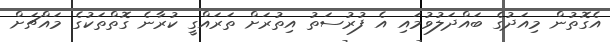
އެގޮތުން މިއަދުގެ ބައްދަލުވުމައި އެ ފުރުސަތު އިތުރަށް ތަރައްގީ ކުރާނެ ގޮތްތަކުގެ މައްޗަށް